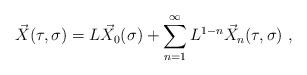
LaTeX: \begin{align*}\vec{X}(\tau,\sigma) = L \vec{X}_{0}(\sigma) +\sum_{n=1}^{\infty} L^{1-n} \vec{X}_{n}(\tau,\sigma)\ ,\end{align*}